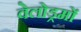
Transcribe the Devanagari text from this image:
वेलोड्रमों